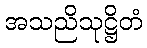
အသညိသုဋ္ဌိတံ